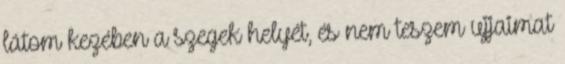
látom kezében a szegek helyét, és nem teszem ujjaimat